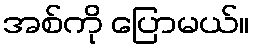
အစ်ကို ပြောမယ်။